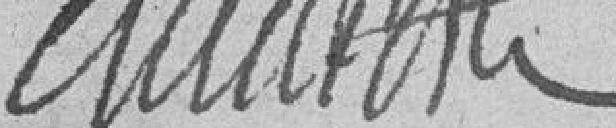
Claudon